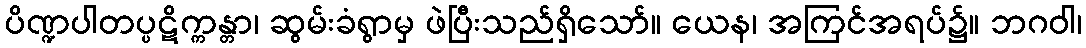
ပိဏ္ဍပါတပ္ပဋိက္ကန္တာ၊ ဆွမ်းခံရွာမှ ဖဲပြီးသည်ရှိသော်။ ယေန၊ အကြင်အရပ်၌။ ဘဂဝါ၊